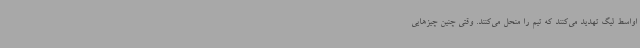
اواسط لیگ تهدید می‌کنند که تیم را منحل می‌کنند. وقتی چنین چیزهایی